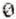
0